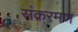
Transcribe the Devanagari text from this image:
संकरमण